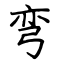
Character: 弯